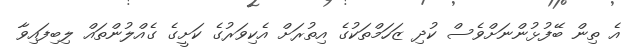
އެ ތިން ބޭފުޅުންނަށްވެސް ކުދި ޒަހަމްތަކުގެ އިތުރަށް އެކިވަރުގެ ކަށީގެ ގެއްލުންތައް ލިބިފައިވާ